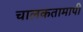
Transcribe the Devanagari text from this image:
चालकतामापी